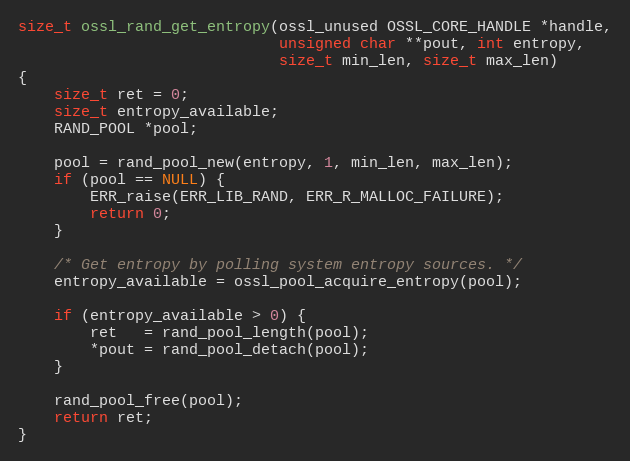
Language: C
size_t ossl_rand_get_entropy(ossl_unused OSSL_CORE_HANDLE *handle,
                             unsigned char **pout, int entropy,
                             size_t min_len, size_t max_len)
{
    size_t ret = 0;
    size_t entropy_available;
    RAND_POOL *pool;

    pool = rand_pool_new(entropy, 1, min_len, max_len);
    if (pool == NULL) {
        ERR_raise(ERR_LIB_RAND, ERR_R_MALLOC_FAILURE);
        return 0;
    }

    /* Get entropy by polling system entropy sources. */
    entropy_available = ossl_pool_acquire_entropy(pool);

    if (entropy_available > 0) {
        ret   = rand_pool_length(pool);
        *pout = rand_pool_detach(pool);
    }

    rand_pool_free(pool);
    return ret;
}